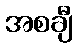
အစချီ